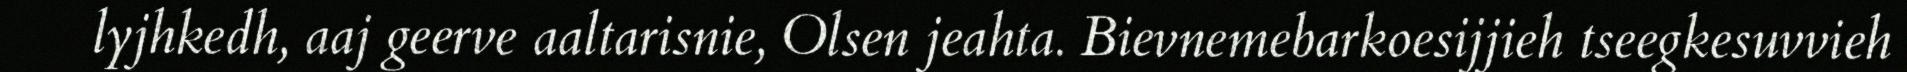
lyjhkedh, aaj geerve aaltarisnie, Olsen jeahta. Bievnemebarkoesijjieh tseegkesuvvieh